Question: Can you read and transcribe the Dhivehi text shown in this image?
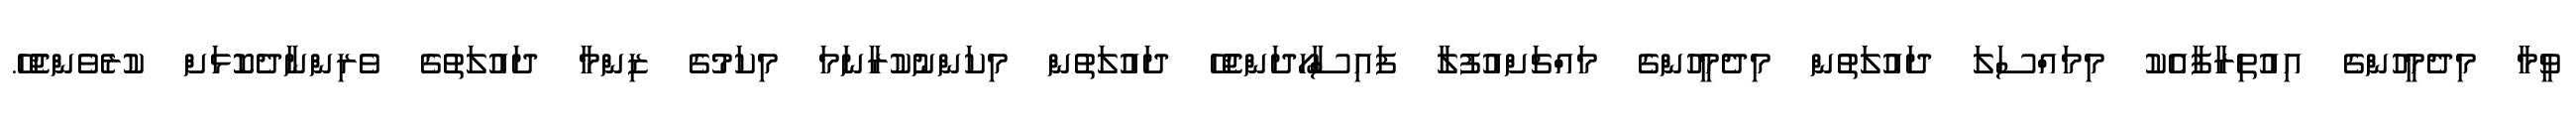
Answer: ވީމާ މިދެމީހުންގެ އިއުތިރާފާއެކު މިމައްސަލަ ދައުލަތުން މިދެމީހުންގެ މައްޗަށްއުފުލާ ފައިސާހޯދަންޖެހޭ ދައުލަތުން މިކަންނުކުރާނަމަ މިކަމުގެ ޒިންމާ ދައުލަތުގެ ވެރިންނާދެކޮޅަށް ކުރެވެންޖެހޭ.